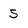
Character: 5